Madras plague regulations and rules - Volume 2
Disease focus: Plague
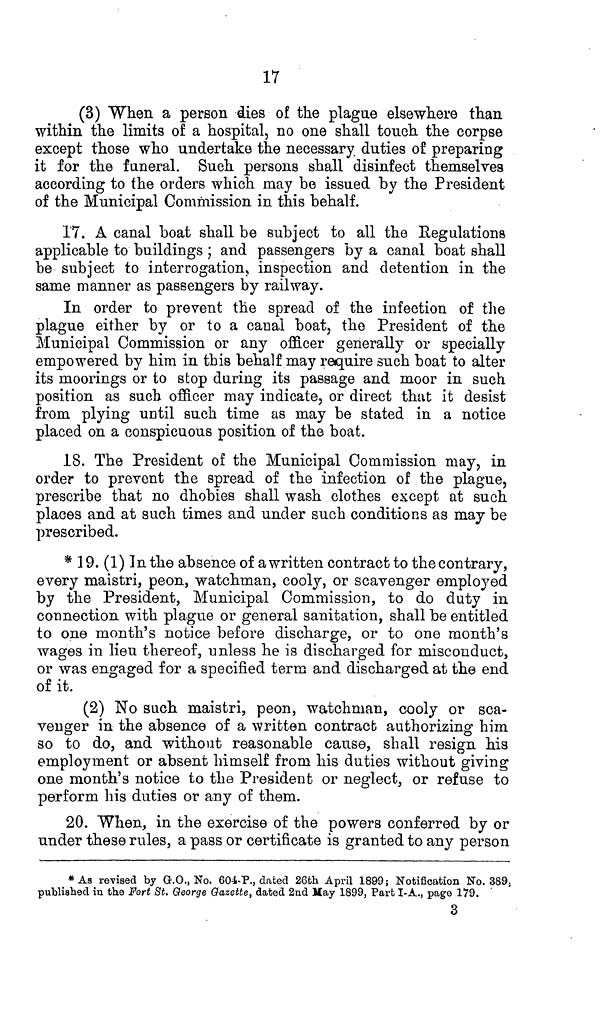
17
(3) When a person dies of the plague elsewhere than
within the limits of a hospital, no one shall touch the corpse
except those who undertake the necessary duties of preparing
it for the funeral. Such persons shall disinfect themselves
according to the orders which may be issued by the President
of the Municipal Commission in this behalf.
17. A canal boat shall be subject to all the Regulations
applicable to buildings; and passengers by a canal boat shall
be subject to interrogation, inspection and detention in the
same manner as passengers by railway.
In order to prevent the spread of the infection of the
plague either by or to a canal boat, the President of the
Municipal Commission or any officer generally or specially
empowered by him in this behalf may require such boat to alter
its moorings or to stop during its passage and moor in such
position as such officer may indicate, or direct that it desist
from plying until such time as may be stated in a notice
placed on a conspicuous position of the boat.
18. The President of the Municipal Commission may, in
order to prevent the spread of the infection of the plague,
prescribe that no dhobies shall wash clothes except at such
places and at such times and under such conditions as may be
prescribed.
* 19. (1) In the absence of a written contract to the contrary,
every maistri, peon, watchman, cooly, or scavenger employed
by the President, Municipal Commission, to do duty in
connection with plague or general sanitation, shall be entitled
to one month's notice before discharge, or to one month's
wages in lieu thereof, unless he is discharged for misconduct,
or was engaged for a specified term and discharged at the end
of it.
(2) No such maistri, peon, watchman, cooly or sca-
venger in the absence of a written contract authorizing him
so to do, and without reasonable cause, shall resign his
employment or absent himself from his duties without giving
one month's notice to the President or neglect, or refuse to
perform his duties or any of them.
20. When, in the exercise of the powers conferred by or
under these rules, a pass or certificate is granted to any person
*As revised by G.O., No. 604-P., dated 26th April 1899; Notification No. 389;
published in the Fort St. George Gazette, dated 2nd May 1899, Part I-A., page 179.
3